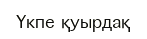
Үкпе қуырдақ